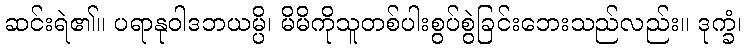
ဆင်းရဲ၏။ ပရာနုဝါဒဘယမ္ပိ၊ မိမိကိုသူတစ်ပါးစွပ်စွဲခြင်းဘေးသည်လည်း။ ဒုက္ခံ၊